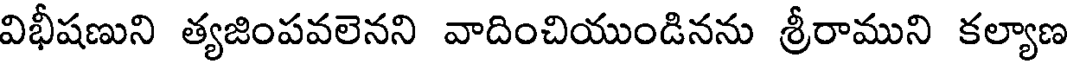
విభీషణుని త్యజింపవలెనని వాదించియుండినను శ్రీరాముని కల్యాణ